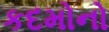
કદમોનો